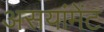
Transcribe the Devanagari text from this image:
असयांमेंट